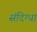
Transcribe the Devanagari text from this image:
संदिग्धा